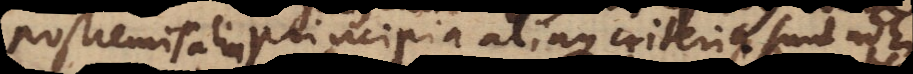
postremis alia principia aliaque criteria sunt